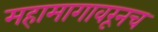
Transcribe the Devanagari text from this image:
महामागावरूनच